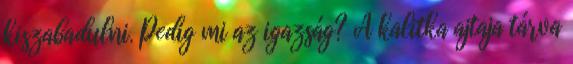
kiszabadulni. Pedig mi az igazság? A kalitka ajtaja tárva